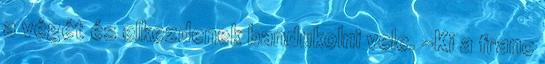
a végét és elkezdenek bandukolni vele. -Ki a franc